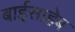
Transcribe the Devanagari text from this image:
बाईसाहेब